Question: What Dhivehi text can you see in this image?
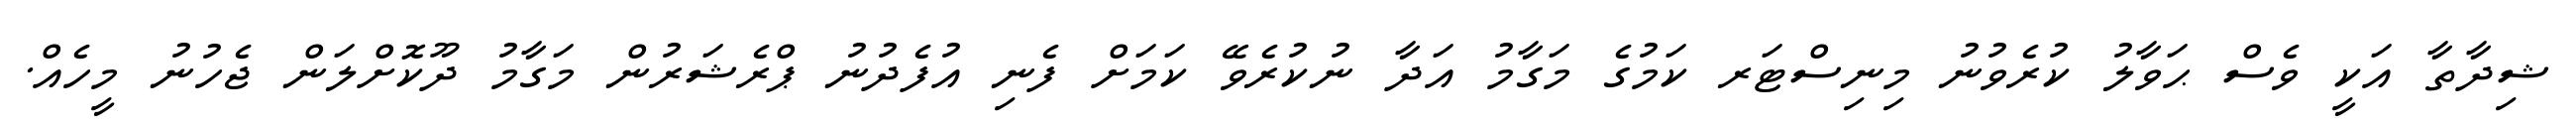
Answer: ޝިދާތާ އަކީ ވެސް ޙަވާލު ކުރެވުނު މިނިސްޓަރ ކަމުގެ މަގާމު އަދާ ނުކުރެވޭ ކަމަށް ފެނި އުފެދުނު ޕްރެޝަރުން މަގާމު ދޫކޮށްލަން ޖެހުނު މީހެއް.